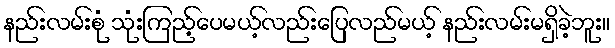
နည်းလမ်းစုံ သုံးကြည့်ပေမယ့်လည်းပြေလည်မယ့် နည်းလမ်းမရှိခဲ့ဘူး။